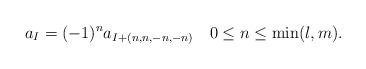
LaTeX: \begin{align*} a_{I} = (-1)^na_{I+(n,n,-n,-n)} \quad0\leq n\leq\min(l,m). \end{align*}